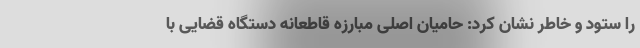
را ستود و خاطر نشان کرد: حامیان اصلی مبارزه قاطعانه دستگاه قضایی با